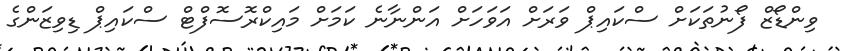
ވިންޑޯޒް ފޯނުތަކަށް ސްކައިޕް ވަރަށް އަވަހަށް އަންނާނެ ކަމަށް މައިކްރޮސޮފްޓް ސްކައިޕް ޑިވިޒަންގެ